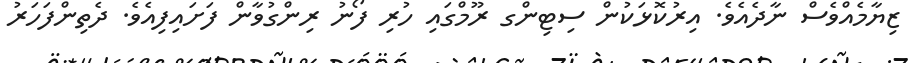
ޒިޔާމެއްވެސް ނާދެއެވެ. އިރުކޮޅަކުން ސިޓިންގ ރޫމްގައި ހުރި ފޯނު ރިންގުވާން ފަށައިފިއެވެ. ދެތިންފަހަރު